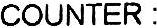
COUNTER :